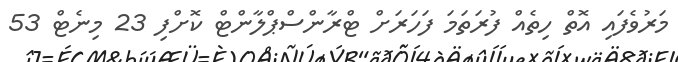
މަރުވެފައި އޮތް ހިތެއް ފުރަތަމަ ފަހަރަށް ޓްރާންސްޕްލާންޓް ކޮށްފި 23 މިނެޓް 53